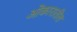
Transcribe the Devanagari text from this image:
ओंकारातील